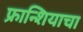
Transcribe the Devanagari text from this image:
फ्रान्शियाचा